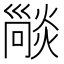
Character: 𤏕